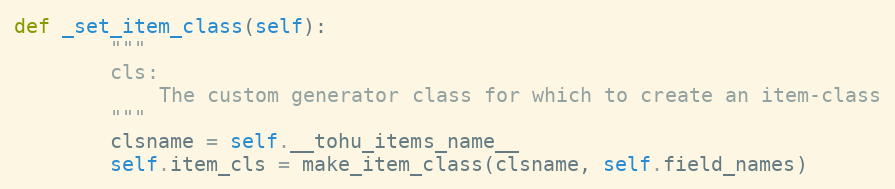
Language: Python
def _set_item_class(self):
        """
        cls:
            The custom generator class for which to create an item-class
        """
        clsname = self.__tohu_items_name__
        self.item_cls = make_item_class(clsname, self.field_names)